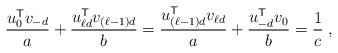
\begin{align*}\frac{u_0^{\sf T} v_{-d}}{a} +\frac{u_{\ell d}^{\sf T} v_{(\ell-1)d}}{b} = \frac{u_{(\ell-1)d}^{\sf T} v_{\ell d}}{a} +\frac{u_{-d}^{\sf T} v_0}{b} = \frac{1}{c} \;,\end{align*}